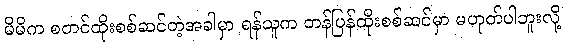
မိမိက စတင်ထိုးစစ်ဆင်တဲ့အခါမှာ ရန်သူက တန်ပြန်ထိုးစစ်ဆင်မှာ မဟုတ်ပါဘူးလို့